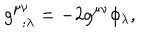
g _ { ~ ~ ; \lambda } ^ { \mu \nu } = - 2 g ^ { \mu \nu } \phi _ { \lambda } ,